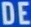
DE